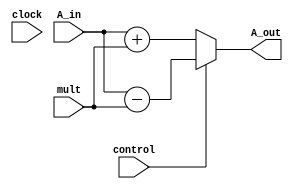
module AddSub(mult, control, A_in, A_out, clock);
    input control, clock;
    input [3:0] A_in, mult;
    output [3:0] A_out;

    parameter Add = 1'b0 , Sub = 1'b1;

    wire [3:0] A_out;
     
    assign A_out = (control == Add) ? A_in + mult : A_in - mult;

endmodule